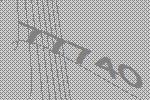
77740